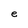
Character: e